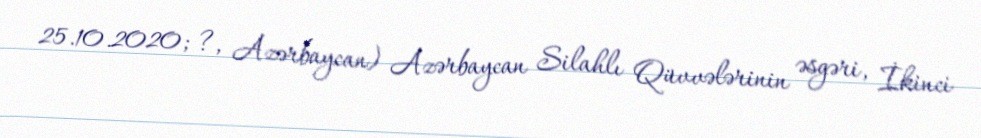
25.10.2020; ?, Azərbaycan) Azərbaycan Silahlı Qüvvələrinin əsgəri, İkinci